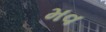
મવ